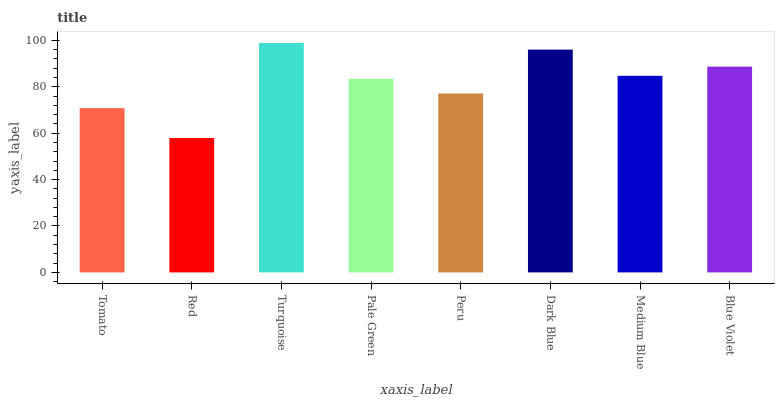
| xaxis_label | bars |
 | --- | --- |
 | Tomato | 70.8 |
 | Red | 57.9 |
 | Turquoise | 98.9 |
 | Pale Green | 83.4 |
 | Peru | 77.1 |
 | Dark Blue | 96 |
 | Medium Blue | 84.7 |
 | Blue Violet | 88.7 |